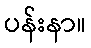
ပန်းနာ။